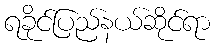
ရခိုင်ပြည်နယ်ဆိုင်ရာ